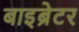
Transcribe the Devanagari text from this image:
बाइब्रेटर